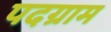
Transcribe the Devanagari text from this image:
पदग्राम